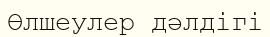
Өлшеулер дәлдігі